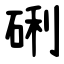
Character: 䂰